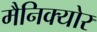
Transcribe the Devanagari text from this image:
मैनिक्योर